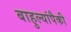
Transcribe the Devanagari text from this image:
बाहुल्यांपैकी